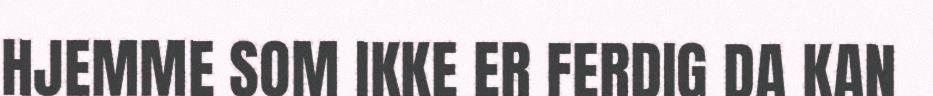
HJEMME SOM IKKE ER FERDIG DA KAN